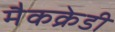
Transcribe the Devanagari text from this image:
मैकक्रेडी